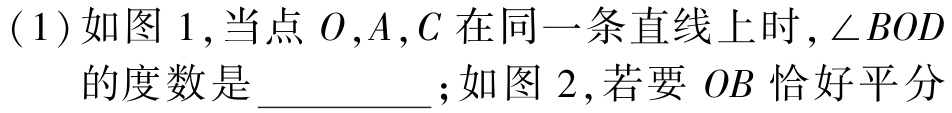
(1)如图1,当点\(O,A,C\)在同一条直线上时,\(\angle BOD\)的度数是__________;如图2,若要\(OB\)恰好平分